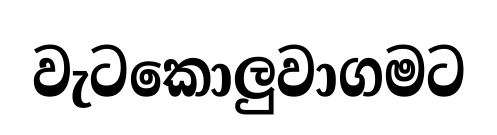
වැටකොලුවාගමට